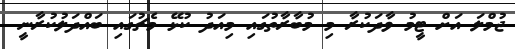
ޖުމްލަ އަށް ޓީމު ވާދަކުރާ މި މުބާރާތުގައި މިއަދު ކުޅޭ މެޗުގައި ބައްދަލުކުރާނީ